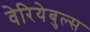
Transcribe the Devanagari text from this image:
वेरियेबुल्स